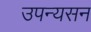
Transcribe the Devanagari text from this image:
उपन्यसन